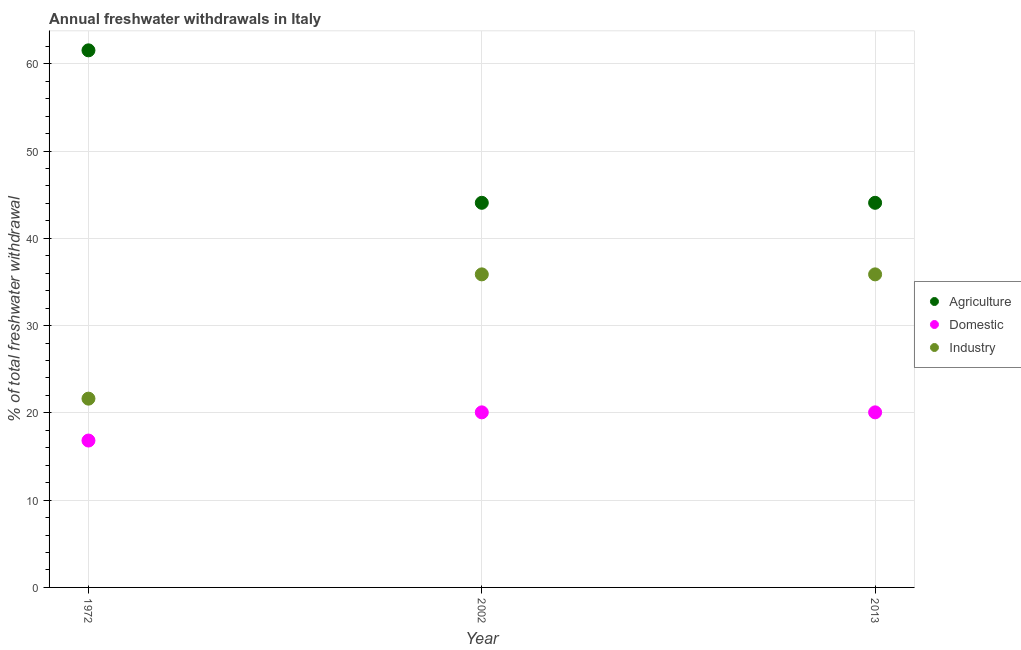
| Year | Agriculture | Domestic | Industry |
 | --- | --- | --- | --- |
 | 1972 | 61.5 | 16.8 | 21.6 |
 | 2002 | 44.1 | 20.1 | 35.9 |
 | 2013 | 44.1 | 20.1 | 35.9 |